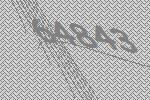
64843